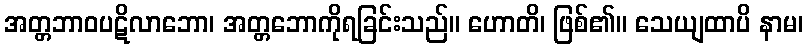
အတ္တဘာဝပဋိလာဘော၊ အတ္တဘောကိုရခြင်းသည်။ ဟောတိ၊ ဖြစ်၏။ သေယျထာပိ နာမ၊